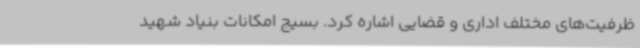
ظرفیت‌های مختلف اداری و قضایی اشاره کرد. بسیج امکانات بنیاد شهید